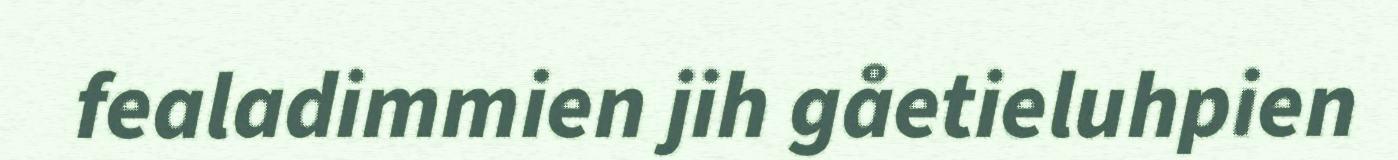
fealadimmien jih gåetieluhpien